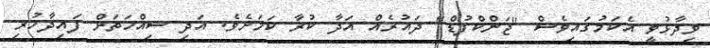
ވިދާޅުވީ އެކަމުގައިވެސް "ޖަންކްފުޑް" ދައުރެއް އަދާ ކުރާ ކަމަށެވެ. އަދި ސިއްހަތަށް ފައިދާހުރި